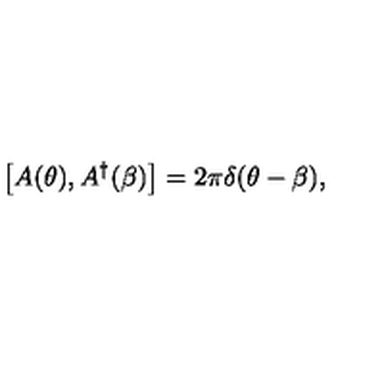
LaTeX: \left[ A ( \theta ) , A ^ { \dagger } ( \beta ) \right] = 2 \pi \delta ( \theta - \beta ) ,